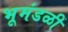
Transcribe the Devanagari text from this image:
भूमंडळीं